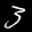
Label: 3